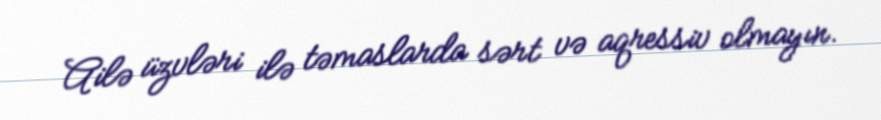
Ailə üzvləri ilə təmaslarda sərt və aqressiv olmayın.